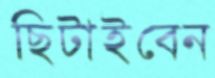
ছিটাইবেন